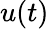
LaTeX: u(t)